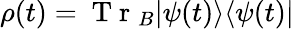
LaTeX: \rho(t)=\mathrm{~T~r~}_{B}|\psi(t)\rangle\langle\psi(t)|